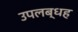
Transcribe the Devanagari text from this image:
उपलब्धह